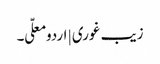
زیب غوری | اردو معلّی ۔